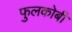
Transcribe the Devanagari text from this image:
फुलकोबी